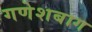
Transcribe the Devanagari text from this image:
गणेशबाग